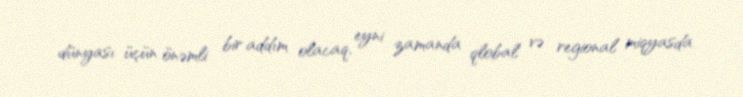
dünyası üçün önəmli bir addım olacaq, eyni zamanda qlobal və regional miqyasda